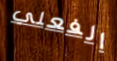
الفعلي